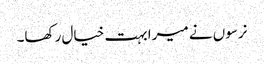
نرسوں نے میرا بہت خیال رکھا۔